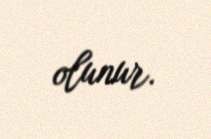
olunur.